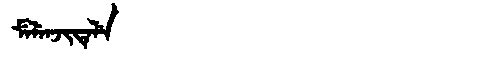
Manchu: ᠮᡝᠯᡝᠨᠵᡳᡨᡝᠯᡝ
Romanization: MELENJITELE